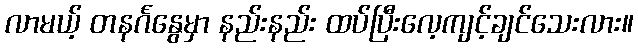
လာမယ့် တနင်္ဂနွေမှာ နည်းနည်း ထပ်ပြီးလေ့ကျင့်ချင်သေးလား။